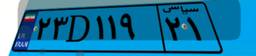
۳۵D۰۳۰۰۱